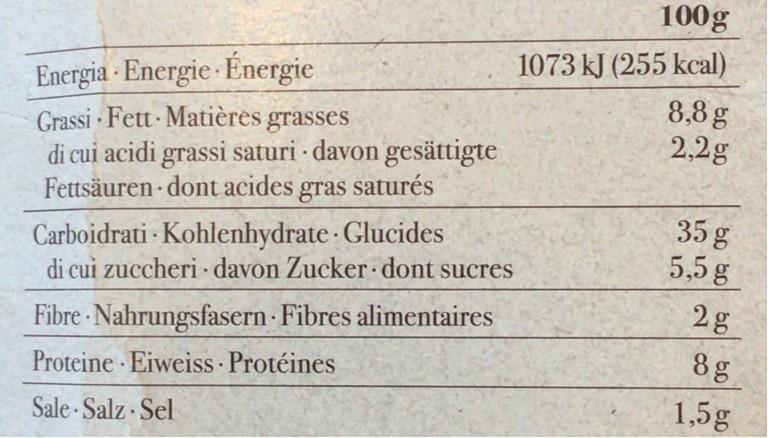
100g
1073 kJ (255 kcal)
Energia - Energie Energie Grassi · Fett Matières grasses di cui acidi grassi saturi davon gesättigte Fettsäuren dont acides gras saturés
8,8 g 2,2g
35 g
Carboidrati - Kohlenhydrate Glucides di cui zuccheri davon Zucker dont sucres
5,5g
Fibre Nahrungsfasern · Fibres alimentaires
8g
Proteine Eiweiss Protéines
Sale - Salz Sel
1,5g